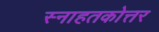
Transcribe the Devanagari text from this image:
स्नाहतकोत्तर